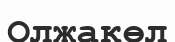
Олжакөл